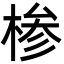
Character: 椮